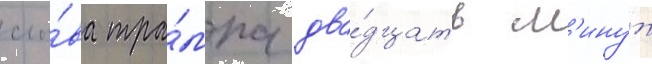
сло́ва тра́мпа два́дцать м'инут